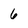
Character: 6